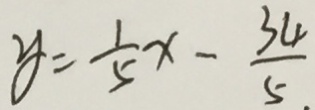
y = \frac { 1 } { 5 } x - \frac { 3 4 } { 5 }